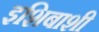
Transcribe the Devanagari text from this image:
इशिबाशी